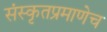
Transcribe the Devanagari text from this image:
संस्कृतप्रमाणेच